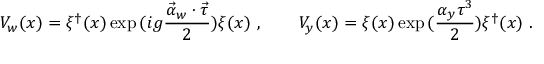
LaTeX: V _ { w } ( x ) = \xi ^ { \dagger } ( x ) \exp { ( i g \frac { { \vec { \alpha } _ { w } } \cdot { \vec { \tau } } } { 2 } ) } \xi ( x ) \ , \qquad V _ { y } ( x ) = \xi ( x ) \exp { ( \frac { \alpha _ { y } \tau ^ { 3 } } { 2 } ) } \xi ^ { \dagger } ( x ) \ .